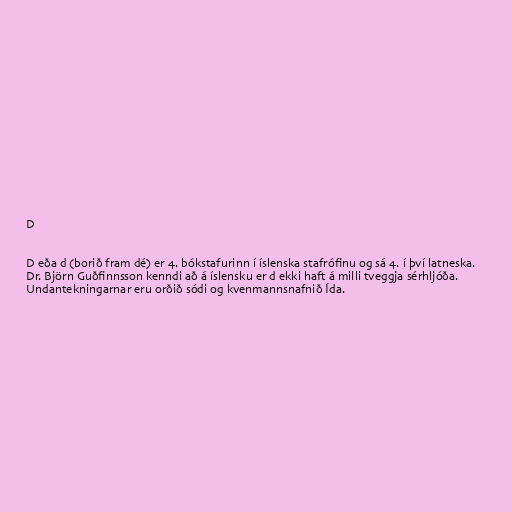
D

D eða d (borið fram dé) er 4. bókstafurinn í íslenska stafrófinu og sá 4. í því latneska.
Dr. Björn Guðfinnsson kenndi að á íslensku er d ekki haft á milli tveggja sérhljóða.
Undantekningarnar eru orðið sódi og kvenmannsnafnið Ída.